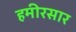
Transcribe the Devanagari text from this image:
हमीरसार